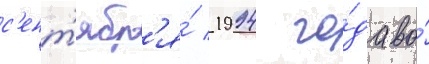
с'ент'ябр'я́ 1994 го́да во́